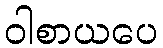
ဝါစာယပေ